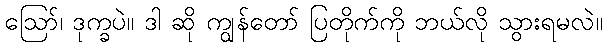
ဪ၊ ဒုက္ခပဲ။ ဒါ ဆို ကျွန်တော် ပြတိုက်ကို ဘယ်လို သွားရမလဲ။